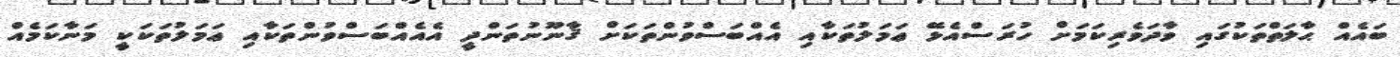
ބައެއް ޙާލަތްތަކުގައި ވާދަވެރިކަމަށް ހުރަސްއެޅޭ ޢަމަލުތަކާއި އެއްބަސްވުންތަކަށް ޤާނޫނުތަންދީ އެއެއްބަސްވުންތަކާއި ޢަމަލުތަކަކީ މަނާކަމެއް